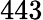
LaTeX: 443